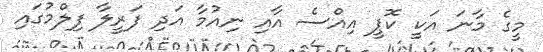
މީގެ މާނަ އަކީ ކޮޕީ އިއްސެ އާއި ނިއުމާ އަދި ފަރީލާ ފިލްމުގައި